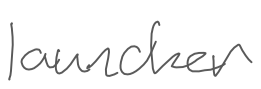
Text: launcher
Cross-out: clean
Writing tool: digital_gray